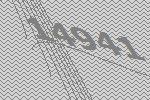
14941